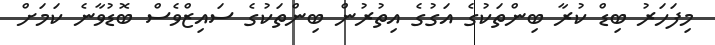
މިފަހަރު ބިޑް ކުރާ ބިންތަކުގެ އަގުގެ އިތުރުން ބިންތަކުގެ ސައިޒްވެސް ބޮޑުވާނެ ކަމަށް